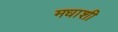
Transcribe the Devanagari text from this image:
मधाशी